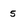
Character: 5